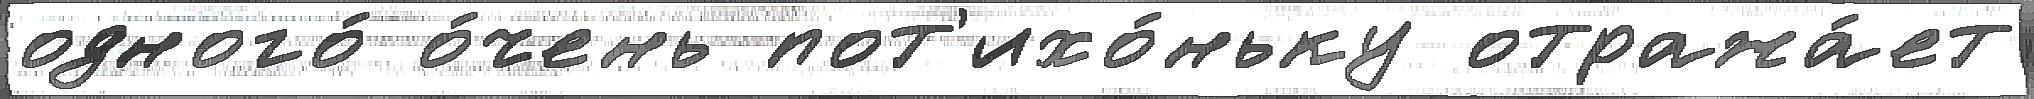
одного́ о́чень пот'ихо́ньку отража́ет